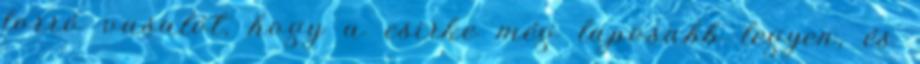
forró vasalót, hogy a csirke még laposabb legyen, és